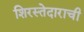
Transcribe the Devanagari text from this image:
शिरस्तेदाराची